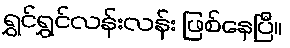
ရွှင်ရွှင်လန်းလန်း ဖြစ်နေပြီ။